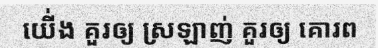
យើ់ង គួរឲ្យ ស្រឡាញ់ គួរឲ្យ គោរព